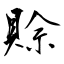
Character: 賒